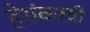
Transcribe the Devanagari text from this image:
हेरांकरवी